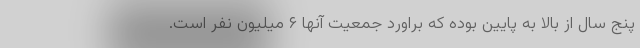
پنج سال از بالا به پایین بوده که براورد جمعیت آنها ۶ میلیون نفر است.